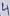
Text: 4